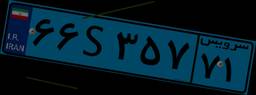
۶۶S۳۵۷۷۱